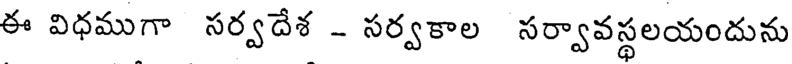
ఈ విధముగా సర్వదేశ - సర్వకాల సర్వావస్థలయందును